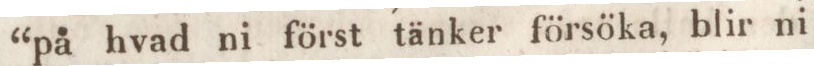
“på hvad ni först tänker försöka, blir ni